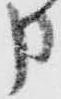
申